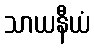
သာယနီယံ